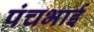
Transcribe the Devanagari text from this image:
पंचभाई